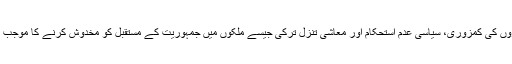
جمہوری اداروں کی کمزوری، سیاسی عدم استحکام اور معاشی تنزل ترکی جیسے ملکوں میں جمہوریت کے مستقبل کو مخدوش کرنے کا موجب بن جاتے ہیں۔